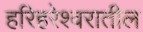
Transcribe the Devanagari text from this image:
हरिहरेश्वरातील